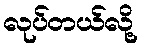
လုပ်တယ်လို့